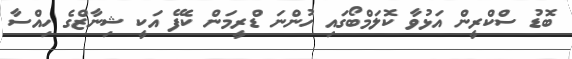
ބޮޑު ސްކްރީން އަޅުވާ ކޮލަމްބޯގައި ހުންނަ ޑްރީމަން ކެފޭ އަކީ ޝިނާޒްގެ ހިއްސާ